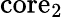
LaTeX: \mathrm{core}_{2}